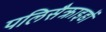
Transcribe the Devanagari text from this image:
पलिसैक्राइडों